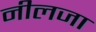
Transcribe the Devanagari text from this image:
नीलजा